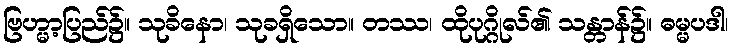
ဗြဟ္မာ့ပြည်၌။ သုခိနော၊ သုခရှိသော။ တဿ၊ ထိုပုဂ္ဂိုလ်၏ သန္တာန်၌။ ဓမ္မပဒါ၊